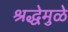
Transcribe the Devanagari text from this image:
श्रद्धेमुळे